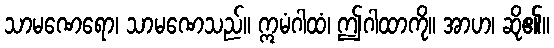
သာမဏေရော၊ သာမဏေသည်။ ဣမံဂါထံ၊ ဤဂါထာကို။ အာဟ၊ ဆို၏။